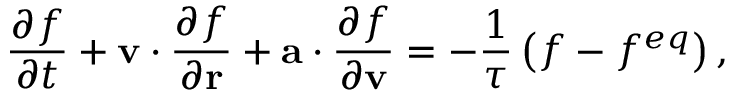
\frac { { \partial { f } } } { { \partial t } } + { { \bf { v } } } \cdot \frac { { \partial { f } } } { { \partial { \bf { r } } } } + { \bf { a } } \cdot \frac { { \partial f } } { { \partial { \bf { v } } } } = - \frac { 1 } { \tau } \left( { { f } - f ^ { e q } } \right) ,